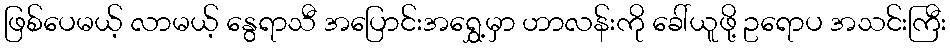
ဖြစ်ပေမယ့် လာမယ့် နွေရာသီ အပြောင်းအရွှေ့မှာ ဟာလန်းကို ခေါ်ယူဖို့ ဥရောပ အသင်းကြီး